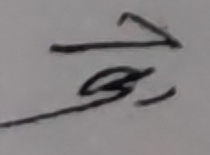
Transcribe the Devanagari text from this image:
खु